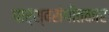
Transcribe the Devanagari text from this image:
पार्श्वसंगीतकार